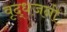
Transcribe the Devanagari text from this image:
वृद्धजनो